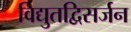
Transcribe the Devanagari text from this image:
विद्युतद्विसर्जन